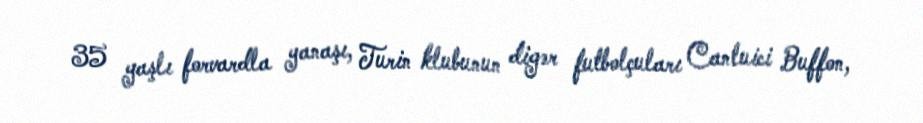
35 yaşlı forvardla yanaşı, Turin klubunun digər futbolçuları Canluici Buffon,